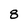
Character: 8